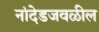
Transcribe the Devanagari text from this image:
नांदेडजवळील